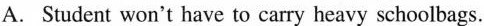
A.Student won't have to carry heavy schoolbags.